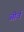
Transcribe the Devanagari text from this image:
ओर्व